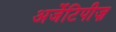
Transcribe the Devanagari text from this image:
अर्जेटिपीज़